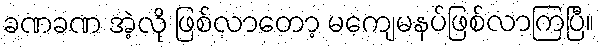
ခဏခဏ အဲ့လို ဖြစ်လာတော့ မကျေမနပ်ဖြစ်လာကြပြီ။